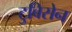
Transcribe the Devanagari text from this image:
टुबिसेन